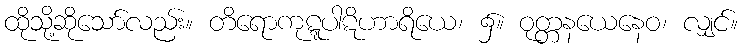
ထိုသို့ဆိုသော်လည်း။ တိရောကုဋ္ဋပါဋိဟာရိယေ၊ ၌။ ဝုတ္တနယေနေဝ၊ လျှင်။